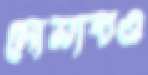
সোয়াবও